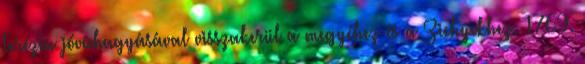
Terézia jóváhagyásával visszakerül a megyéhez és a Zichyekhez. 1769.